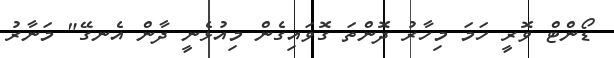
ޑޯންޓް ވޮރީ ހަމަ މިހާރު ދޮންތަ ގޮވައިގެން މިއުޅެނީ ދާން އެނގޭ" މަނާރު